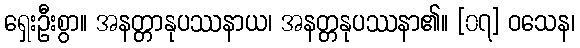
ရှေးဦးစွာ။ အနတ္တာနုပဿနာယ၊ အနတ္တနုပဿနာ၏။ [၀၇] ဝသေန၊